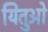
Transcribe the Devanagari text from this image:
यितुओ